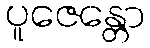
ပူဇေန္တော